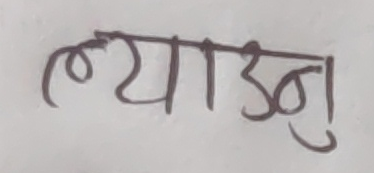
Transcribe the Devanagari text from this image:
ल्याउनु